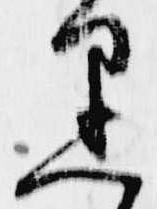
黒